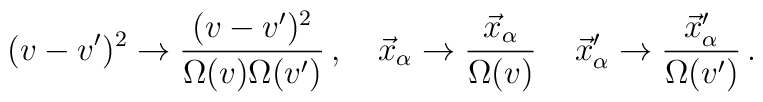
(v-v')^2 \rightarrow \frac{(v-v')^2}{\Omega(v)\Omega(v')} \, ,\quad \vec{x}_\alpha \rightarrow \frac{\vec{x}_\alpha}{\Omega(v)}\, \quad \vec{x}'_\alpha \rightarrow\frac{\vec{x}'_\alpha}{\Omega(v')} \, .